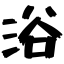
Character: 浴